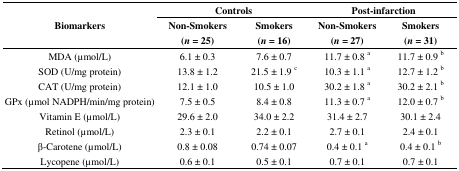
<table><thead><tr><td rowspan="2"><b>Biomarkers</b></td><td colspan="2"><b>Controls</b></td><td colspan="2"><b>Post-infarction</b></td></tr><tr><td><b>Non-Smokers(<i>n</i> = 25)</b></td><td><b>Smokers(<i>n</i> = 16)</b></td><td><b>Non-Smokers(<i>n</i> = 27)</b></td><td><b>Smokers(<i>n</i> = 31)</b></td></tr></thead><tbody><tr><td>MDA (μmol/L)</td><td>6.1 ± 0.3</td><td>7.6 ± 0.7</td><td>11.7 ± 0.8 <sup>a</sup></td><td>11.7 ± 0.9 <sup>b</sup></td></tr><tr><td>SOD (U/mg protein)</td><td>13.8 ± 1.2</td><td>21.5 ± 1.9 <sup>c</sup></td><td>10.3 ± 1.1 <sup>a</sup></td><td>12.7 ± 1.2 <sup>b</sup></td></tr><tr><td>CAT (U/mg protein)</td><td>12.1 ± 1.0</td><td>10.5 ± 1.0</td><td>30.2 ± 1.8 <sup>a</sup></td><td>30.2 ± 2.1 <sup>b</sup></td></tr><tr><td>GPx (μmol NADPH/min/mg protein)</td><td>7.5 ± 0.5</td><td>8.4 ± 0.8</td><td>11.3 ± 0.7 <sup>a</sup></td><td>12.0 ± 0.7 <sup>b</sup></td></tr><tr><td>Vitamin E (μmol/L)</td><td>29.6 ± 2.0</td><td>34.0 ± 2.2</td><td>31.4 ± 2.7</td><td>30.1 ± 2.4</td></tr><tr><td>Retinol (μmol/L)</td><td>2.3 ± 0.1</td><td>2.2 ± 0.1</td><td>2.7 ± 0.1</td><td>2.4 ± 0.1</td></tr><tr><td>β-Carotene (μmol/L)</td><td>0.8 ± 0.08</td><td>0.74 ± 0.07</td><td>0.4 ± 0.1 <sup>a</sup></td><td>0.4 ± 0.1 <sup>b</sup></td></tr><tr><td>Lycopene (μmol/L)</td><td>0.6 ± 0.1</td><td>0.5 ± 0.1</td><td>0.7 ± 0.1</td><td>0.7 ± 0.1</td></tr></tbody></table>